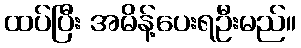
ထပ်ပြီး အမိန့်ပေးရဦးမည်။